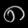
Digit: ၈